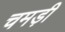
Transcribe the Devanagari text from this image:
चमड़ी